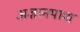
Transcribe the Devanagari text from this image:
अज्ञानपाश